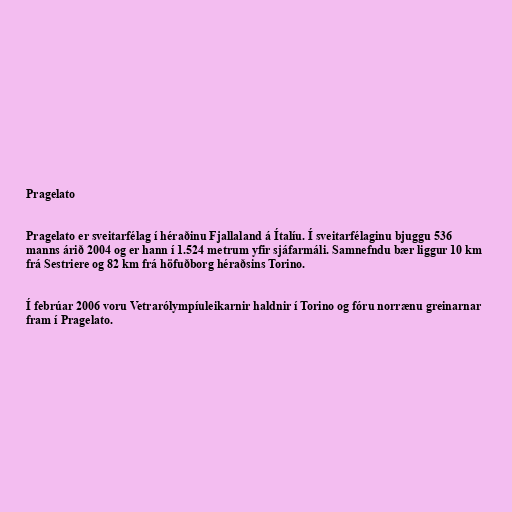
Pragelato

Pragelato er sveitarfélag í héraðinu Fjallaland á Ítalíu. Í sveitarfélaginu bjuggu 536
manns árið 2004 og er hann í 1.524 metrum yfir sjáfarmáli. Samnefndu bær liggur 10 km
frá Sestriere og 82 km frá höfuðborg héraðsins Torino.

Í febrúar 2006 voru Vetrarólympíuleikarnir haldnir í Torino og fóru norrænu greinarnar
fram í Pragelato.